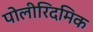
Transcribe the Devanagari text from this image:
पोलीरिदमिक